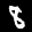
Label: 8